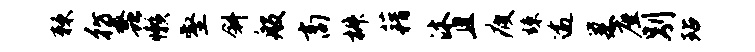
棘彷蠡懒壑斜般商椒藉沐且疲竦逾巢座别玷